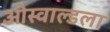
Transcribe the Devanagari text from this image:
ओस्वाल्डला